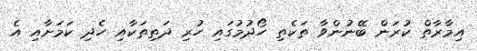
އިމާރާތް ކުރަން ބޭނުންވާ ތަކެތި ހޯދުމުގައި ހުރި ދަތިތަކާއި ހެދި ކަމަށާއި އެ